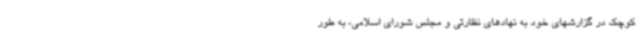
کوچک در گزارشهای خود به نهادهای نظارتی و مجلس شورای اسلامی، به طور